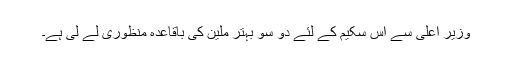
وزیر اعلیٰ سے اس سکیم کے لئے دو سو بہتر ملین کی باقاعدہ منظوری لے لی ہے۔